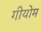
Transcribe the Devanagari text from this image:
गीयोम